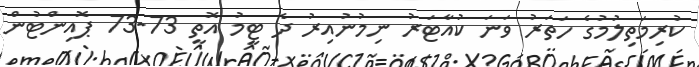
ކުރިމަތިލުމުގެ ހަތަރު ވަނަ ކުއާޓަރު ނިމުނުއިރު ދެ ޓީމު އޮތީ 73-73 ޕޮއިންޓުން